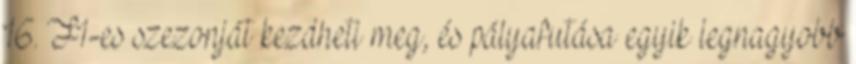
16. F1-es szezonját kezdheti meg, és pályafutása egyik legnagyobb